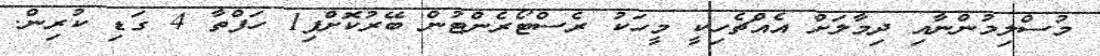
މުސްލިމުންނާއި ދިމާލަށް އެއްޗެހިކީ މީހަކު ރެސްޓޯރެންޓުން ބޭރުކޮށްފި1 ހަފްތާ 4 ގަޑި ކުރިން.